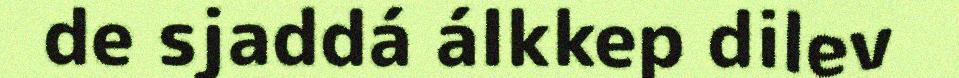
de sjaddá álkkep dilev